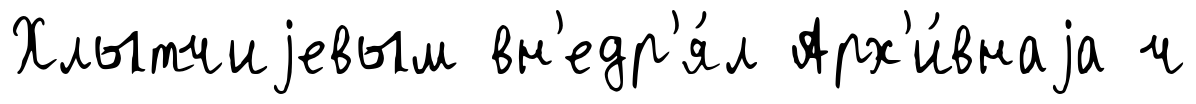
Хлытчиjевым вн'едр'я́л Арх'и́внаjа ч